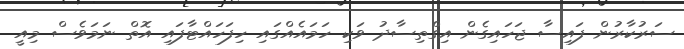
ސަރުކާރުން ފައިސާ ޖަހައިގެން އިގްތިސާދު ވަކި ހަމައެއްގައި ހިފަހައްޓާފައި އޮތް ނަމަވެސް މިއީ